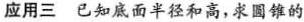
应用三已知底面半径和高，求圆锥的